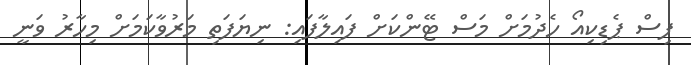
ފިސް ޕެޑިކިއޯ ހެދުމަށް މަސް ޓޭންކަށް ފައިލާފައި: ނިޔަފަތި މަރުވާކަމަށް މިހާރު ވަނީ